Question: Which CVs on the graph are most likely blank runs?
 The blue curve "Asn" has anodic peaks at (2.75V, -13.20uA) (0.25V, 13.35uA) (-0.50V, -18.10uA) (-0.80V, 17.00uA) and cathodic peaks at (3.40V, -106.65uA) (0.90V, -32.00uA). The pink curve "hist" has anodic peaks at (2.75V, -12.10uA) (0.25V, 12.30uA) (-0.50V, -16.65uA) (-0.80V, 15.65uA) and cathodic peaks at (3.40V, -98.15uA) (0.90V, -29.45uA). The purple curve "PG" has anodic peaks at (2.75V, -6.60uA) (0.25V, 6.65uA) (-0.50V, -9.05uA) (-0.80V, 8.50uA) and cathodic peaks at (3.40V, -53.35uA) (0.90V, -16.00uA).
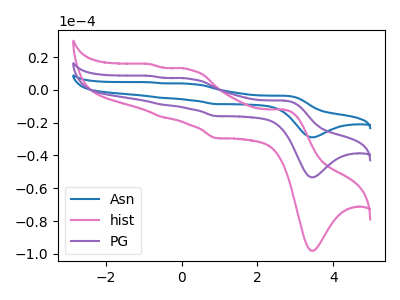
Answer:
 <answer>There are not any CV's on this graph that are likely to be blanks.</answer>
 <eval>none</eval>